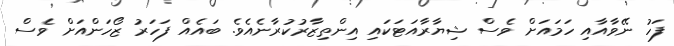
ފަހު ނޭވާއާއި ހަމައަށް ވެސް ޝިޔާރާއަޓަކައި އިންތިޒާރުކުރާނެއެވެ. ބައެއް ފަހަރު ޒޯހަންއަށް ވެސް